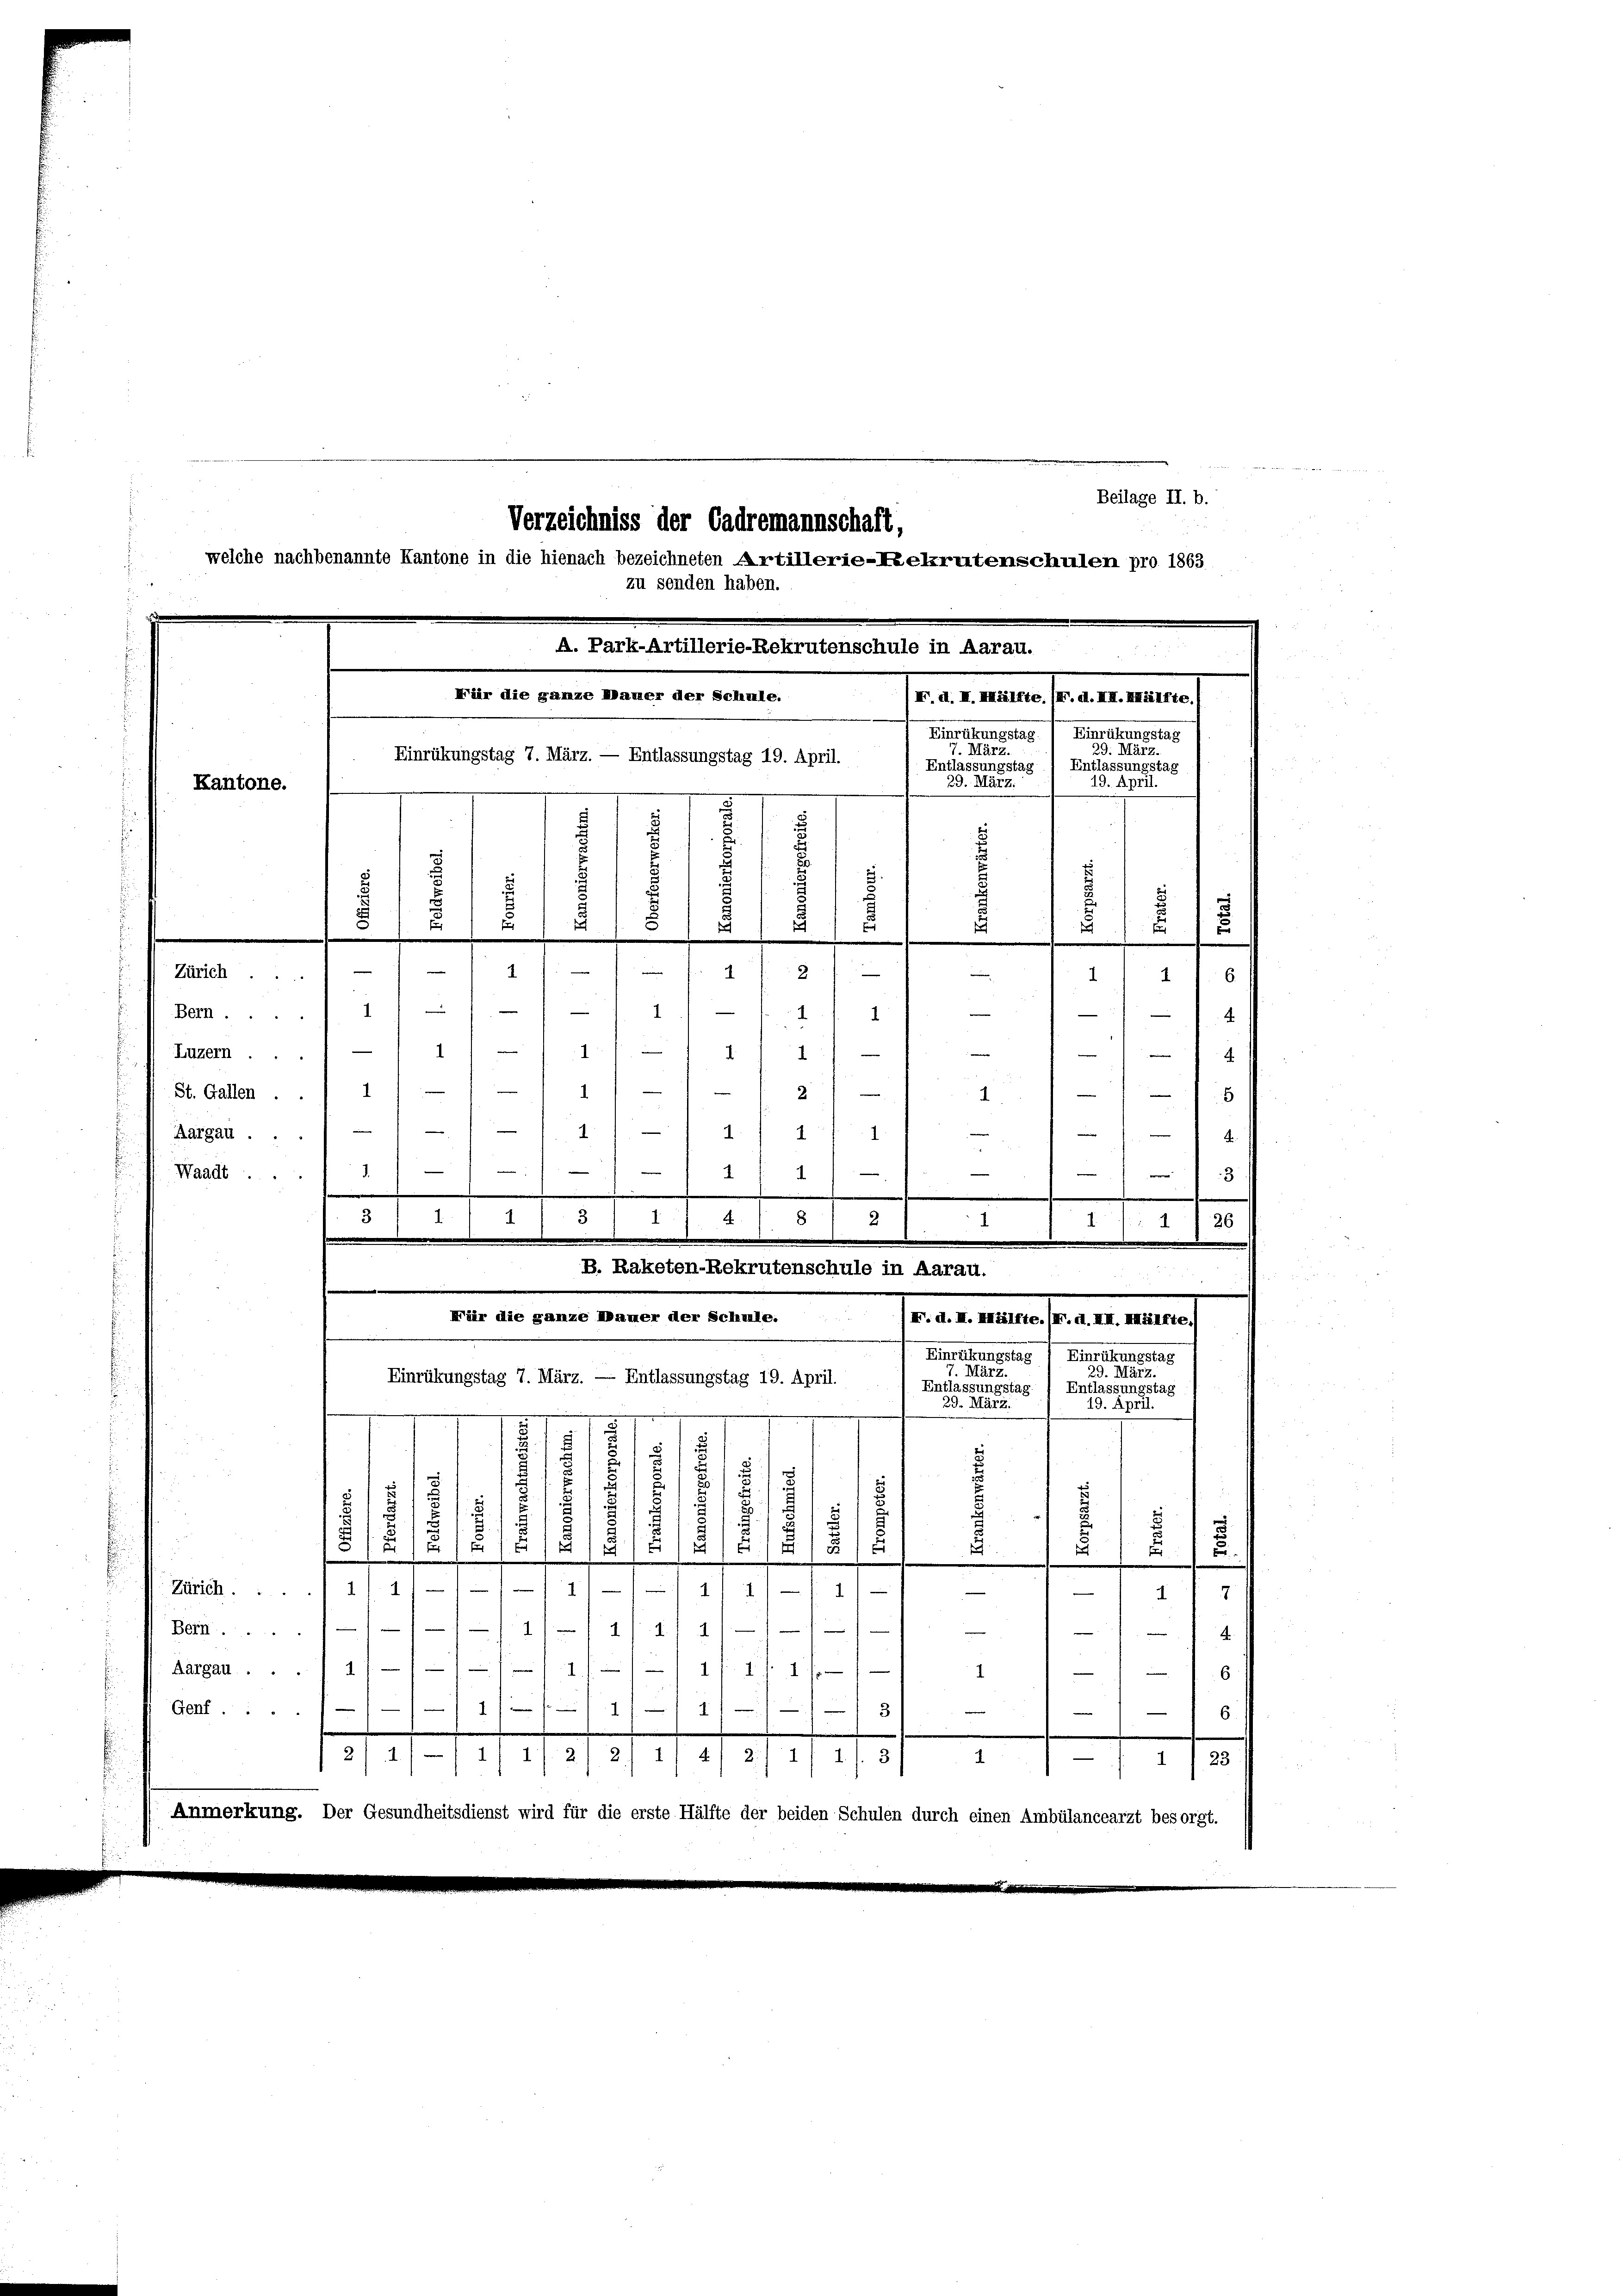
Beilage II. b.
Verzeichniss der Cadremannschaft,
welche nachbenannte Kantone in die hienach bezeichneten Artillerie-Rekrutenschulen pro 1863
zu senden haben.

A. Park-Artillerie-Rekrutenschule in Aarau.
Für die ganze Dauer der Schule.
raementen Praestamen
Einrathungstag / Heinrührungstag

29. März.
Einrükungstag 7. März. — Entlassungstag 19. April.
Entlassungstag
Entlassungstag
19. April.
29. März.
Kantone.
m
d
d
2
d
d
d
d
.
i
u
E
f
1
2
Zürich) 1 f 14
e
1111. 6
1
.
e
Bern ...
4
1
g f g gu

i
Luzern ...

.
4
2
St. Gallen.
—
x
hgehe auf
Aargau.
¬
e
Waadt .... 1
8
2 f 41
e
.
3 1 1/4.
8
51
1 10
g
7
I
.
B. Raketen-Rekrutenschule in Aarau.
Für die ganze Hammer der Schule.
Senate unterstraten einen
Eintretungstag
Einrührungstag
7. März.
23. 1125
Einrükungstag 7. März. — Entlassungstag 19. April.
Entlassungstag) Entlassungstag
39.244.
19. April.
.
.
.
u
2
¬
.
1
.
t
.
.)
¬
.
d
1
/11/1
18
5
u
414
u
16.
2
17
Zürich 1 1/
41)
—
 . . . .
e
Bern....
4
Aargau
0
1
Genf ....
114 f 41
6.
.
2/4/4/4/2/2/ 1/4/2/4/4/ 3/
1/23
4
Anmerkung. Der Gesundheitsdienst wird für die erste Hälfte der beiden Schulen durch einen Ambülancearzt besorgt.

s
¬

2